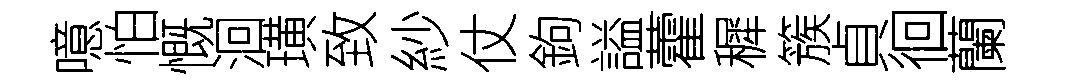
噫怕慨洄璜致紗仗鉤謚藿穉簇貞徊蘭